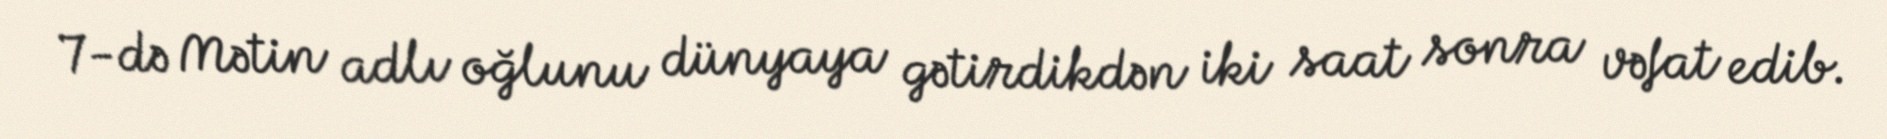
7-də Mətin adlı oğlunu dünyaya gətirdikdən iki saat sonra vəfat edib.